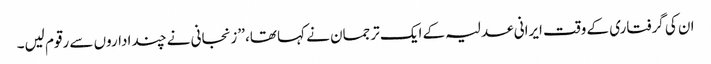
ان کی گرفتاری کے وقت ایرانی عدلیہ کے ایک ترجمان نے کہا تھا، ’’زنجانی نے چند اداروں سے رقوم لیں۔